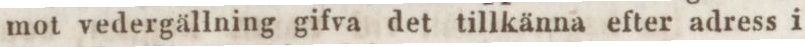
mot vedergällning gifva det tillkänna efter adress i